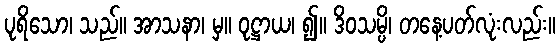
ပုရိသော၊ သည်။ အာသနာ၊ မှ။ ဝုဋ္ဌာယ၊ ၍။ ဒိဝသမ္ပိ၊ တနေ့ပတ်လုံးလည်း။